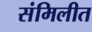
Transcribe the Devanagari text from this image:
संमिलीत